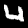
Label: 4